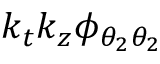
k _ { t } k _ { z } \phi _ { { \theta _ { 2 } } { \theta _ { 2 } } }